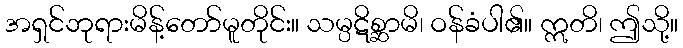
အရှင်ဘုရားမိန့်တော်မူတိုင်း။ သမ္ပဋိစ္ဆာမိ၊ ဝန်ခံပါ၏။ ဣတိ၊ ဤသို့။